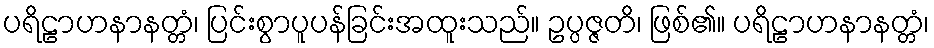
ပရိဠာဟနာနတ္တံ၊ ပြင်းစွာပူပန်ခြင်းအထူးသည်။ ဥပ္ပဇ္ဇတိ၊ ဖြစ်၏။ ပရိဠာဟနာနတ္တံ၊